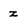
Character: z